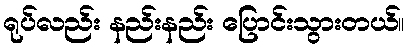
ရုပ်လည်း နည်းနည်း ပြောင်းသွားတယ်။